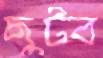
ছুটব